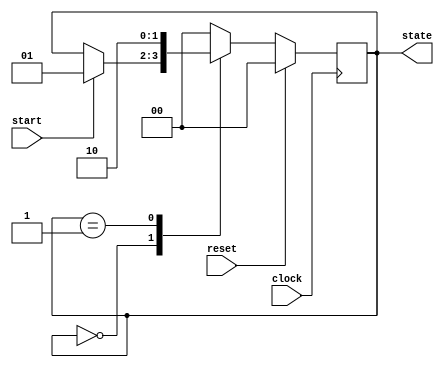
module fsm_example (
    input wire clock,          // Clock input
    input wire reset,          // Synchronous reset input
    input wire start,          // Input signal to start the FSM
    output reg [1:0] state     // Output state
);

    // State encoding
    parameter IDLE    = 2'b00;
    parameter STATE1  = 2'b01;
    parameter STATE2  = 2'b10;

    // Sequential logic block sensitive to the rising edge of the clock
    always @(posedge clock) begin
        if (reset) begin
            // Synchronous reset: reset state to IDLE
            state <= IDLE;
        end else begin
            // State transition logic
            case (state)
                IDLE: begin
                    if (start) begin
                        state <= STATE1; // Transition to STATE1 on start
                    end
                end
                STATE1: begin
                    // Transition to STATE2 after one clock cycle
                    state <= STATE2;
                end
                STATE2: begin
                    // Transition back to IDLE after one clock cycle
                    state <= IDLE;
                end
                default: state <= IDLE; // Default case to handle unexpected states
            endcase
        end
    end

endmodule